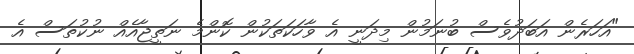
"އަހަރެން އަބަދުވެސް ބުނަމުން މިދަނީ އެ ވާހަކަތަކުން ކޮންމެ ނަތީޖާއެއް ނުކުތަސް އެ